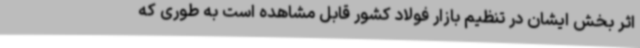
اثر بخش ایشان در تنظیم بازار فولاد کشور قابل مشاهده است به طوری که